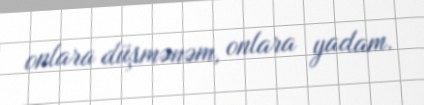
onlara düşmənəm, onlara yadam.